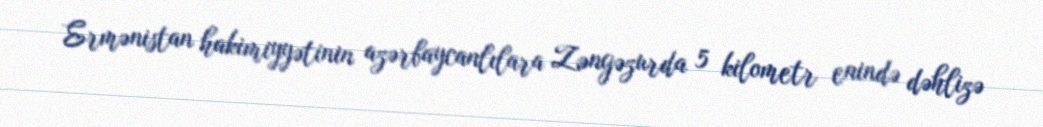
Ermənistan hakimiyyətinin azərbaycanlılara Zəngəzurda 5 kilometr enində dəhlizə